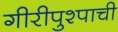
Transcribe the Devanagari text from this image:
गीरीपुश्पाची